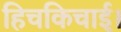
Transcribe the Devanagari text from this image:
हिचकिचाई।